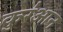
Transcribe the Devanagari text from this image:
कुर॑आन